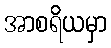
အာစရိယမှာ